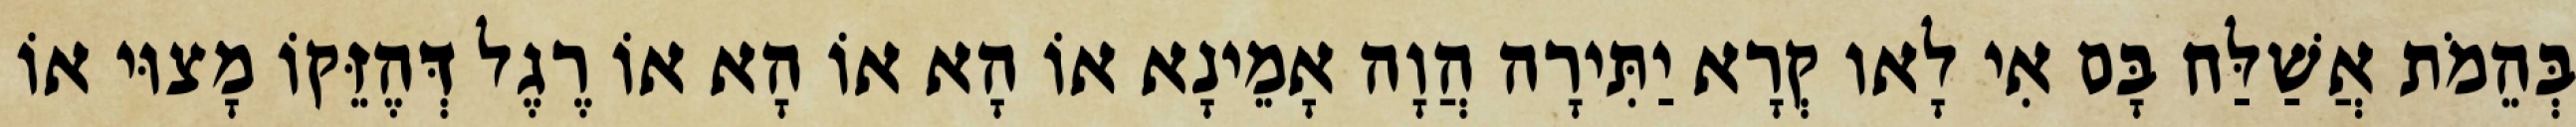
בְּהֵמֹת אֲשַׁלַּח בָּם אִי לָאו קְרָא יַתִּירָה הֲוָה אָמֵינָא אוֹ הָא אוֹ הָא אוֹ רֶגֶל דְּהֶזֵּקוֹ מָצוּי אוֹ